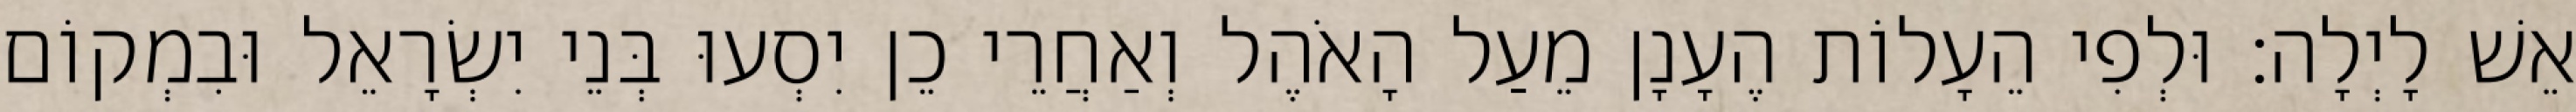
אֵשׁ לָיְלָה׃ וּלְפִי הֵעָלוֹת הֶעָנָן מֵעַל הָאֹהֶל וְאַחֲרֵי כֵן יִסְעוּ בְּנֵי יִשְׂרָאֵל וּבִמְקוֹם